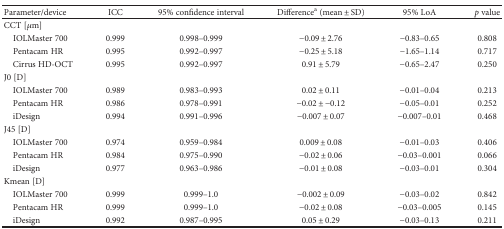
| Parameter/device | ICC | 95% confidence interval | Differencea (mean ± SD) | 95% LoA | p value |
 | --- | --- | --- | --- | --- | --- |
 | <COLSPAN=6> CCT [μm] |
 | IOLMaster 700 | 0.999 | 0.998–0.999 | −0.09 ± 2.76 | −0.83–0.65 | 0.808 |
 | Pentacam HR | 0.995 | 0.992–0.997 | −0.25 ± 5.18 | −1.65–1.14 | 0.717 |
 | Cirrus HD-OCT | 0.995 | 0.992–0.997 | 0.91 ± 5.79 | −0.65–2.47 | 0.250 |
 | <COLSPAN=6> J0 [D] |
 | IOLMaster 700 | 0.989 | 0.983–0.993 | 0.02 ± 0.11 | −0.01–0.04 | 0.213 |
 | Pentacam HR | 0.986 | 0.978–0.991 | −0.02 ± −0.12 | −0.05–0.01 | 0.252 |
 | iDesign | 0.994 | 0.991–0.996 | −0.007 ± 0.07 | −0.007–0.01 | 0.468 |
 | <COLSPAN=6> J45 [D] |
 | IOLMaster 700 | 0.974 | 0.959–0.984 | 0.009 ± 0.08 | −0.01–0.03 | 0.406 |
 | Pentacam HR | 0.984 | 0.975–0.990 | −0.02 ± 0.06 | −0.03–0.001 | 0.066 |
 | iDesign | 0.977 | 0.963–0.986 | −0.01 ± 0.08 | −0.03–0.01 | 0.304 |
 | <COLSPAN=6> Kmean [D] |
 | IOLMaster 700 | 0.999 | 0.999–1.0 | −0.002 ± 0.09 | −0.03–0.02 | 0.842 |
 | Pentacam HR | 0.999 | 0.999–1.0 | −0.02 ± 0.08 | −0.03–0.005 | 0.145 |
 | iDesign | 0.992 | 0.987–0.995 | 0.05 ± 0.29 | −0.03–0.13 | 0.211 |